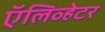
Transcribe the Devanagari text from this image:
ऍलिव्हेटर